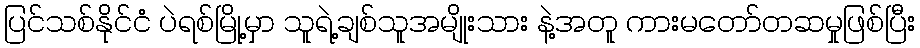
ပြင်သစ်နိုင်ငံ ပဲရစ်မြို့မှာ သူရဲ့ချစ်သူအမျိုးသား နဲ့အတူ ကားမတော်တဆမှုဖြစ်ပြီး